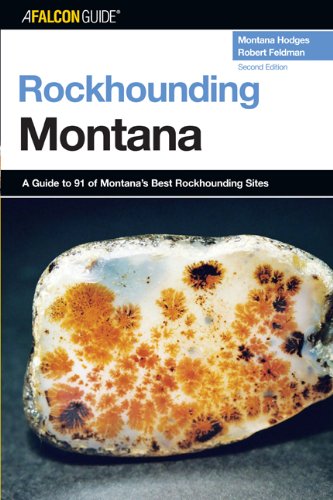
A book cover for Rockhounding Montana, 2nd: A Guide to 91 of Montana's Best Rockhounding Sites (Rockhounding Series); Montana Hodges; Travel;